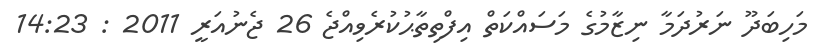
މަހިބަދޫ ނަރުދަމާ ނިޒާމުގެ މަސައްކަތް އިފްތިތާޙުކުރެވިއްޖެ 26 ޖެނުއަރީ 2011 : 14:23